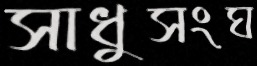
সাধুসংঘ